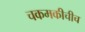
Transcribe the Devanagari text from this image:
चकमकीचीच